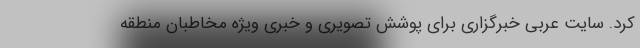
کرد. سایت عربی خبرگزاری برای پوشش تصویری و خبری ویژه مخاطبان منطقه